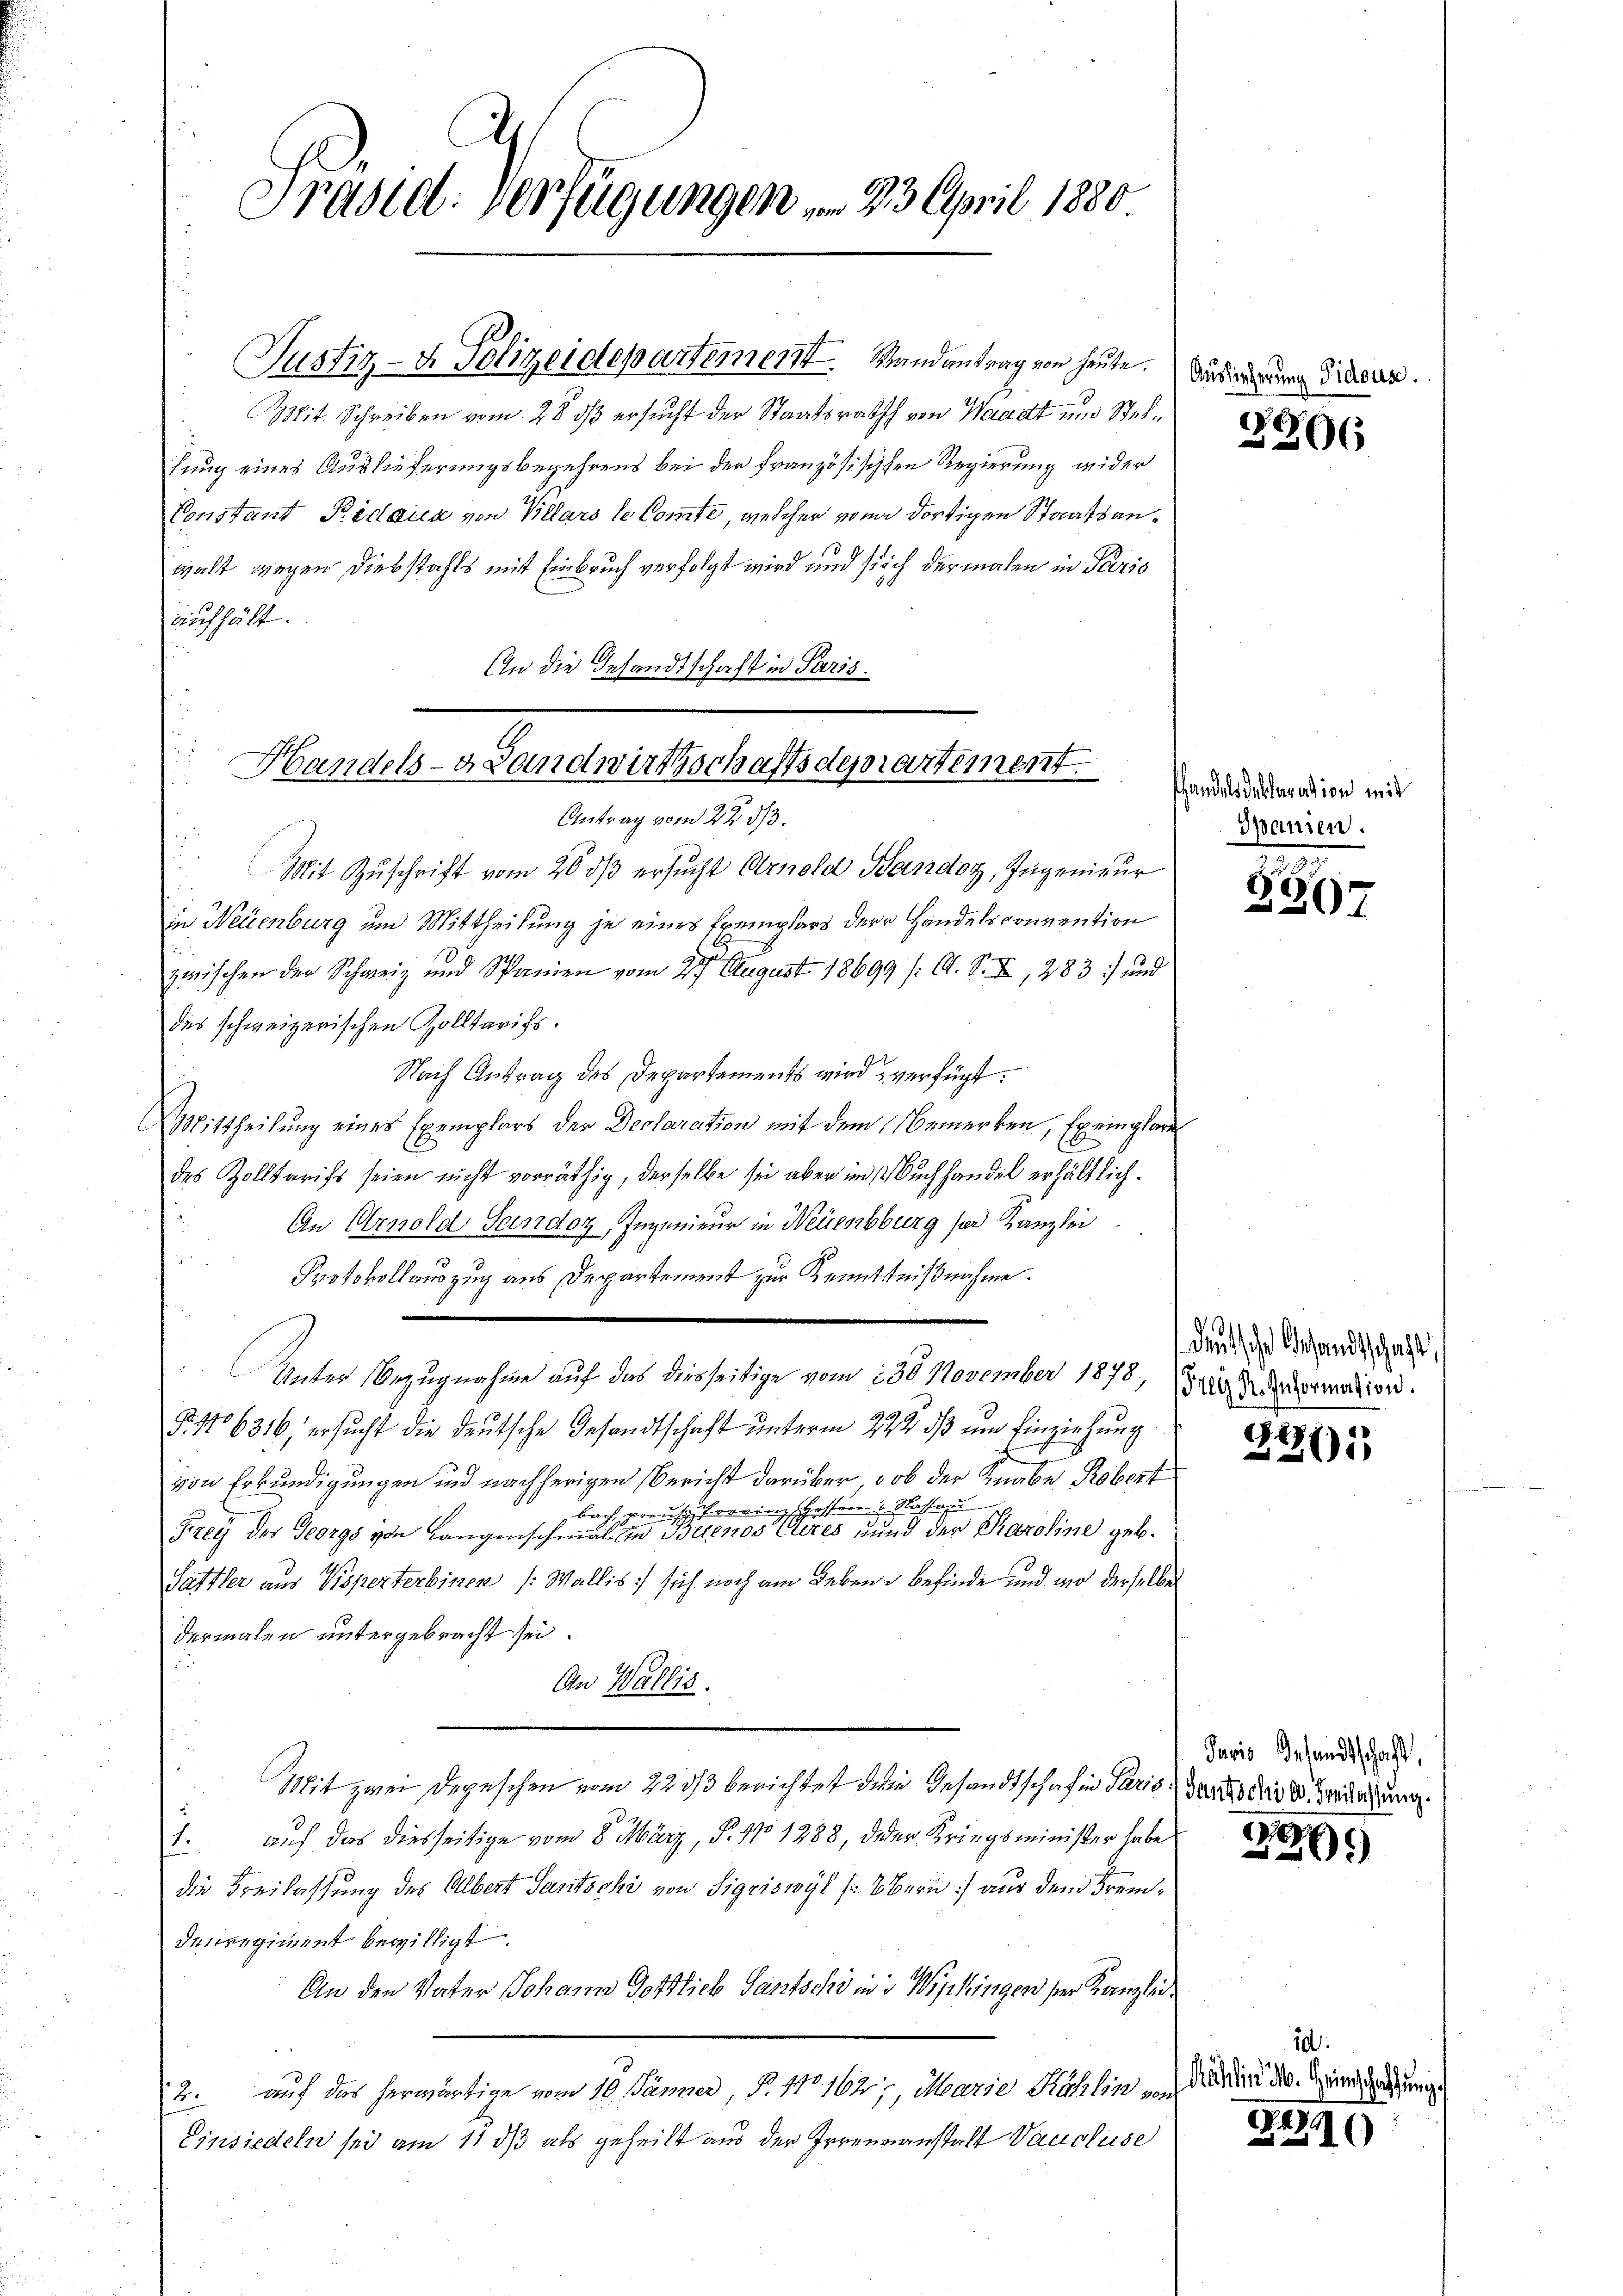
Präsidl-Verfügungen in 23. April 1830

Justiz- & Polizeidepartement. Randantrag von heute.

Constant Bedaun von Villars le Comte, welcher von dortigen Staatsanwalt wegen Diebstahls mit Einbruch verfolgt wird und sich dermalen in Perio
aufhält.
An die Gesandtschaft in Paris.

Mit Schreiben vom 28 dß ersucht der Staatsrath von Waadt und Stellung eines Auslieferungsbegehrens bei der französischen Regierung wider

Handels- Landwirtschaftsdepartement
Antrag vom 22. ds.

Mit Zŭschrift vom 20. dβ ersucht Arnold Bandoz, Ingenieur
in Neuenburg um Mittheilung je eines Exemplars der Handelsconvention
zwischen der Schweiz und Spanien vom 27. August 18699 /: A. S. XI, 283) und
des schweizerischen Zolltarifs.
Nach Antrag des Departements wird verfügt.
Mittheilung eines Exemplars der Declaration mit dem Bemerken, Exemplare
des Zolltarifs seien nicht vorräthig, derselbe sei aber im Buchhandel erhältlich.
An Arnold Sendoz, Ingenieur in Neuenburg ser Kanzlei
Protokollauszug aus Departement zur Kenntnißnahme.
Unter Bezugnahme auf das diesseitige vom 230. November 1878, in dermation.
Fr. 106316, ersucht die deutsche Gesandtschaft unterm 22ste ds und Einziehung
d
von Erkundigungen und nachherigen Bericht darüber, ob der Knabe Robert
bach, preusserein Hessen Nassau
Gizey des Georgs von Langenschmal in Buenos Aires, und der Karoline geb.
Sattler aus Visperterbinen (Wallis sich noch am Leben u befinde und wo derselben
dermalen untergebracht sei.
u
An Wallis.
Mit zwei Depeschen vom 223/3 berichtet dem Gesandtschafin Paris Gantes die gedachung
1. auf das diesseitige vom 8. März, S. 170 1288, der Kriegsminister habe
die Freilassung des Albert Santschi von Sigriswyl (Bern) aus dem Fremdesregiment bewilligt.
An den Vater Johann Gottlieb Santschi in d Wipkingen der Kanzlicauf das herwärtige vom 10. Jänner, P. No 162, Marie Köhlin von
12.
Einsiedeln sei am 11 dß als geheilt aus der Irrenzanstalt Vausleise

Auslieferung Pidous.

2306

fhandels Declaration mit
Spanien.

n
1
307

deutsche Gesandtschaft

227)

Javis Gesandtschaft,

9
1

10.
Kählin M. Heimschaffung

149.
10